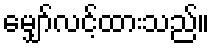
မျှော်လင့်ထားသည်။